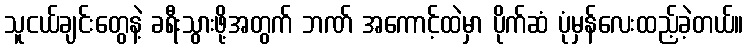
သူငယ်ချင်းတွေနဲ့ ခရီးသွားဖို့အတွက် ဘဏ် အကောင့်ထဲမှာ ပိုက်ဆံ ပုံမှန်လေးထည့်ခဲ့တယ်။